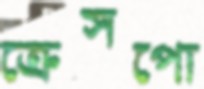
ক্রেসপো